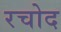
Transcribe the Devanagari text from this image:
रचोद